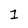
Character: 1